Report on vaccination in Madras 1922-1929 - 1922-1929
Year: 1922
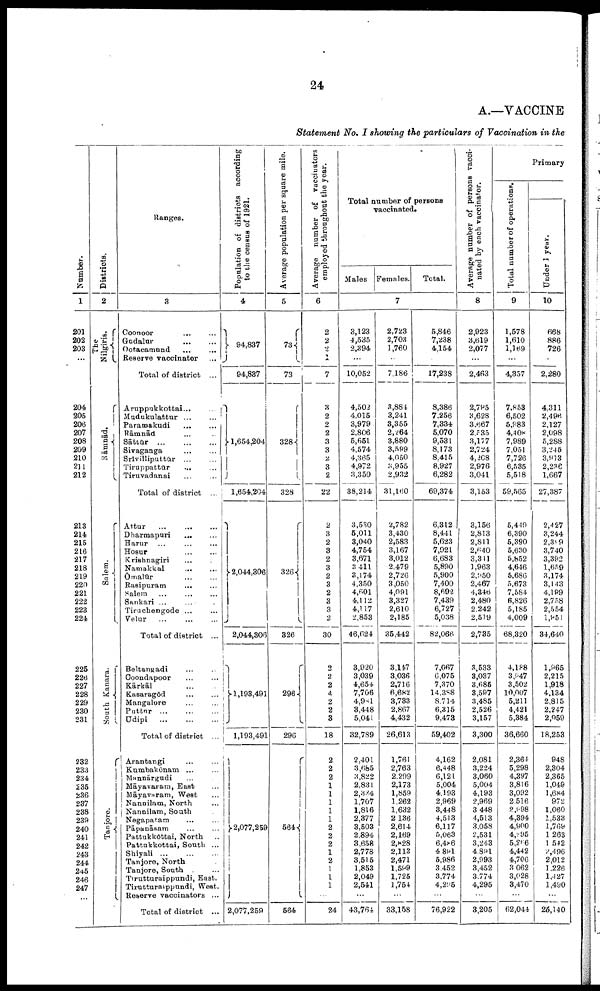
24
A.—VACCINE
Statement No. I showing the particulars of Vaccination in the
Number.
1
201
202
203
...
204
205
206
207
208
209
210
211
212
213
214
215
216
217
218
219
220
221
222
223
224
225
226
227
228
229
230
231
232
233
234
235
236
237
238
239
240
241
242
243
244
245
246
247
Districts.
2
The
Nilgiris.
Rāmnād.
Salem.
South Kanara.
Tanjore.
Ranges.
3
Coonoor ... ...
Godalur
...
...
Ootacamund ... ...
Reserve vaccinator ...
Total of district ...
Aruppukkottai
...
...
Mudukulattur ... ...
Paramakudi ... ...
Rāmnād ... ...
Sāttūr
...
...
...
Sivaganga
...
...
Srīvilliputtūr ... ...
Tiruppattūr
... ...
Tiruvadanai ... ...
Total of district ...
Attur
...
...
...
Dharmapuri
...
...
Harur ... ... ...
Hosur
...
...
Krishnagiri ... ...
Namakkal
...
...
Ōmalūr
...
...
Rasipuram
...
...
Salem
...
...
...
Sankari ... ... ...
Tiruchengode ... ...
Velur ... ... ...
Total of district ...
Beltangadi ... ...
Coondapoor ... ...
Kārkāl ... ... ...
Kasaragōd
...
...
Mangalore ... ...
Puttur
...
...
...
Udipi
...
...
...
Total of district ...
Arantangi ... ...
Kumbakōnam
...
...
Mannārgudi ... ...
Māyavaram, East ...
Māyavaram, West ...
Nannilam, North ...
Nannilam, South ...
Negapatam
...
...
Pāpanāsam ... ...
Pattukkōttai, North ...
Pattukkottai, South ...
Shiyali
...
...
...
Tanjore, North ...
Tanjore, South ...
Tirutturaippundi, East.
Tirutturaippundi, West.
Reserve vaccinators ...
Total of district ...
Population of districts according
to the census of 1921.
4
94,837
94,837
1,654,204
1,654,204
2,044,306
2,044,306
1,193,491
1,193,491
2,077,259
2,077,259
Average population per square mile.
5
73
73
328
328
...
326
296
296
564
564
Average number of vaccinators
employed throughout the year.
6
2
2
2
1
7
3
2
2
2
3
3
2
3
2
22
2
3
2
3
2
3
2
3
2
3
3
2
30
2
2
2
4
2
2
3
18
2
2
2
1
1
1
1
1
2
2
2
1
2
1
1
1
...
24
Total number of personas
vaccinated.
Males Females.
Total.
7
3,123
4,535
2,394
...
10,052
4,502
4,015
3,979
2,806
5,651
4,574
4,365
4,972
3,350
38,214
3,530
5,011
3,040
4,754
3,671
3,411
3,174
4,350
4,601
4,112
4,117
2,853
46,624
3,920
3,039
4,654
7,706
4,981
3,448
5,041
32,789
2,401
3,685
3,822
2,831
2,334
1,707
1,816
2,377
3,503
2,894
3,658
2,778
3,515
1,853
2,049
2,541
...
43,764
2,723
2,703
1,760
...
7,186
3,884
3,241
3,355
2,264
3,880
3,599
4,050
3,955
2,932
31,160
2,782
3,430
2,583
3,167
3,012
2,479
2,726
3,050
4,091
3,327
2,610
2,185
35,442
3,147
3,036
2,716
6,682
3,733
2,867
4,432
26,613
1,761
2,763
2,299
2,173
1,859
1,262
1,632
2,136
2,614
2,169
2,828
2,113
2,471
1,599
1,725
1,754
...
33,158
5,846
7,238
4,154
...
17,238
8,386
7,256
7,334
5,070
9,531
8,173
8,415
8,927
6,282
69,374
6,312
8,441
5,623
7,921
6,683
5,890
5,900
7,400
8,692
7,439
6,727
5,038
82,066
7,067
6,075
7,370
14,388
8,714
6,315
9,473
59,402
4,162
6,448
6,121
5,004
4,193
2,969
3,448
4,513
6,117
5,063
6,406
4 891
5,986
3,452
3,774
4,295
...
76,922
Average number of persons vacci
nated by each vaccinator.
8
2,923
3,619
2,077
...
2,463
2,795
3,628
3,667
2,535
3,177
2,724
4,208
2,976
3,041
3,153
3,156
2,813
2,811
2,640
3,311
1,963
2,950
2,467
4,346
2,480
2,242
2,519
2,735
3,533
3,037
3,685
3,597
3,485
2,526
3,157
3,300
2,081
3,224
3,060
5,004
4,193
2,969
3,448
4,513
3,058
2,531
3,243
4,89l
2,993
3,452
3,774
4,295
...
3,205
Primary
Total number of operations.
9
1,578
1,610
1,169
...
4,357
7,853
6,502
5,983
4,408
7,989
7,051
7,726
6,535
5,518
59,565
5,449
6,390
5,390
5,630
5,852
4,646
5,686
5,673
7,584
6,826
5,185
4,009
68,320
4,188
3,047
3,502
10,007
5,211
4,421
5,384
36,660
2,364
5,298
4,397
3,816
3,092
2,516
2,098
4,394
4,900
4,295
5,266
4,442
4,706
3,062
3,028
3,470
...
62,044
Under 1 year.
10
668
886
726
...
2,280
4,311
2,496
2,127
2,098
5,288
3,245
3,913
2,236
1,667
27,387
2,427
3,244
2,399
3,740
3,392
1,659
3,174
3,143
4,199
2,758
2,554
1,951
34,640
1,965
2,215
1,918
4,134
2,815
2,247
2,959
18,253
948
2,304
2,365
1,049
1,684
972
1,060
1,533
1,769
1,263
1,542
2,496
2,012
1,226
1,427
1,490
...
23,140